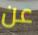
عن